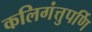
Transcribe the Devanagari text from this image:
कलिगंत्तुपर्णि